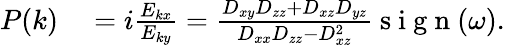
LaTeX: \begin{array}{rl}{P(k)}&{{}=i\frac{E_{kx}}{E_{ky}}=\frac{D_{xy}D_{zz}+D_{xz}D_{yz}}{D_{xx}D_{zz}-D_{xz}^{2}}\mathrm{~s~i~g~n~}(\omega).}\end{array}